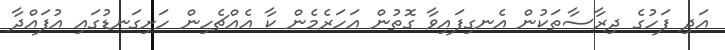
އަދި ފަހުގެ ދިރާސާތަކުން އެނގިފައިވާ ގޮތުން އަހަރެމެން ކާ އެއްޗެހިން ހަށިގަނޑުގައި އުފައްދާ